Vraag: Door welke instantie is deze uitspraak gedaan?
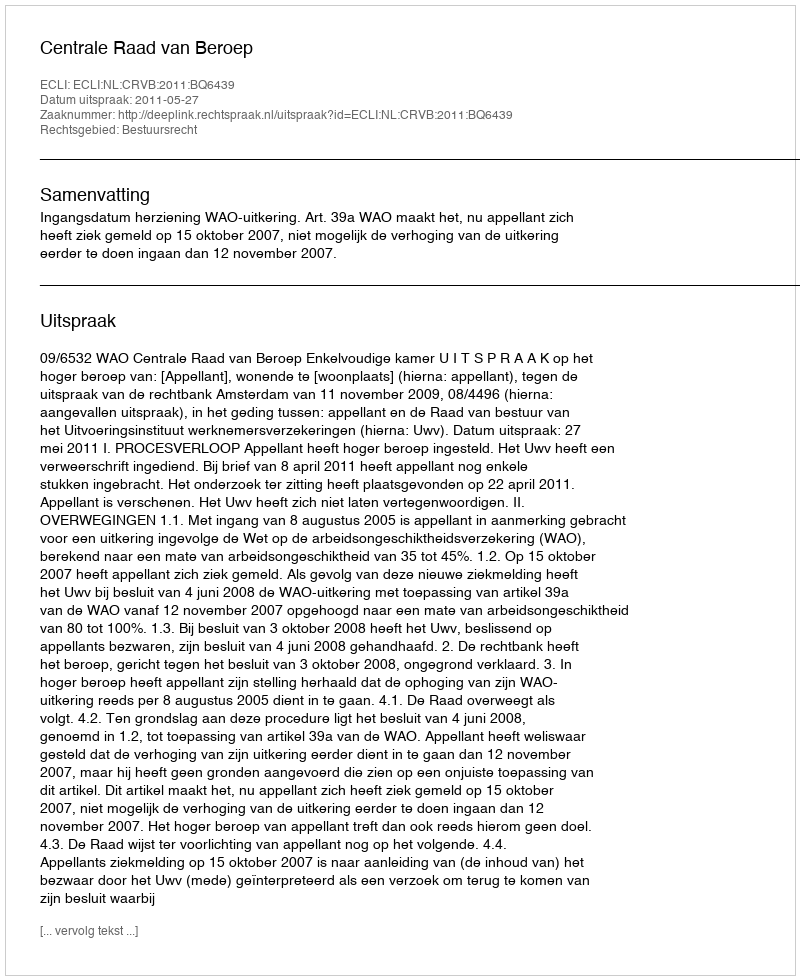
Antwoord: Centrale Raad van Beroep